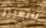
للتعبير